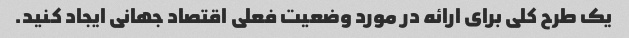
یک طرح کلی برای ارائه در مورد وضعیت فعلی اقتصاد جهانی ایجاد کنید.